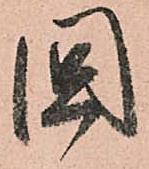
國